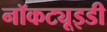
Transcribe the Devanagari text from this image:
नॉकट्यूइडी